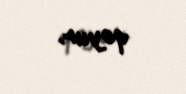
qoyur.